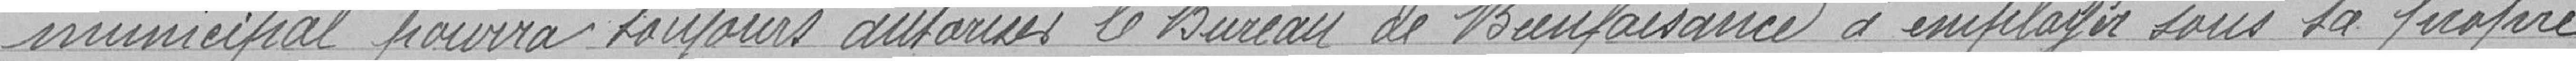
municipal pourra toujours autoriser le Bureau de Bienfaisance à employer sous sa propre